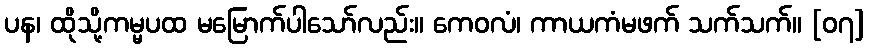
ပန၊ ထိုသို့ကမ္မပထ မမြောက်ပါသော်လည်း။ ကေဝလံ၊ ကာယကံမဖက် သက်သက်။ [၀၇]